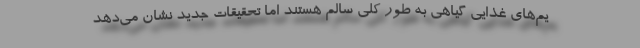
یم‌های غذایی گیاهی به طور کلی سالم هستند اما تحقیقات جدید نشان می‌دهد